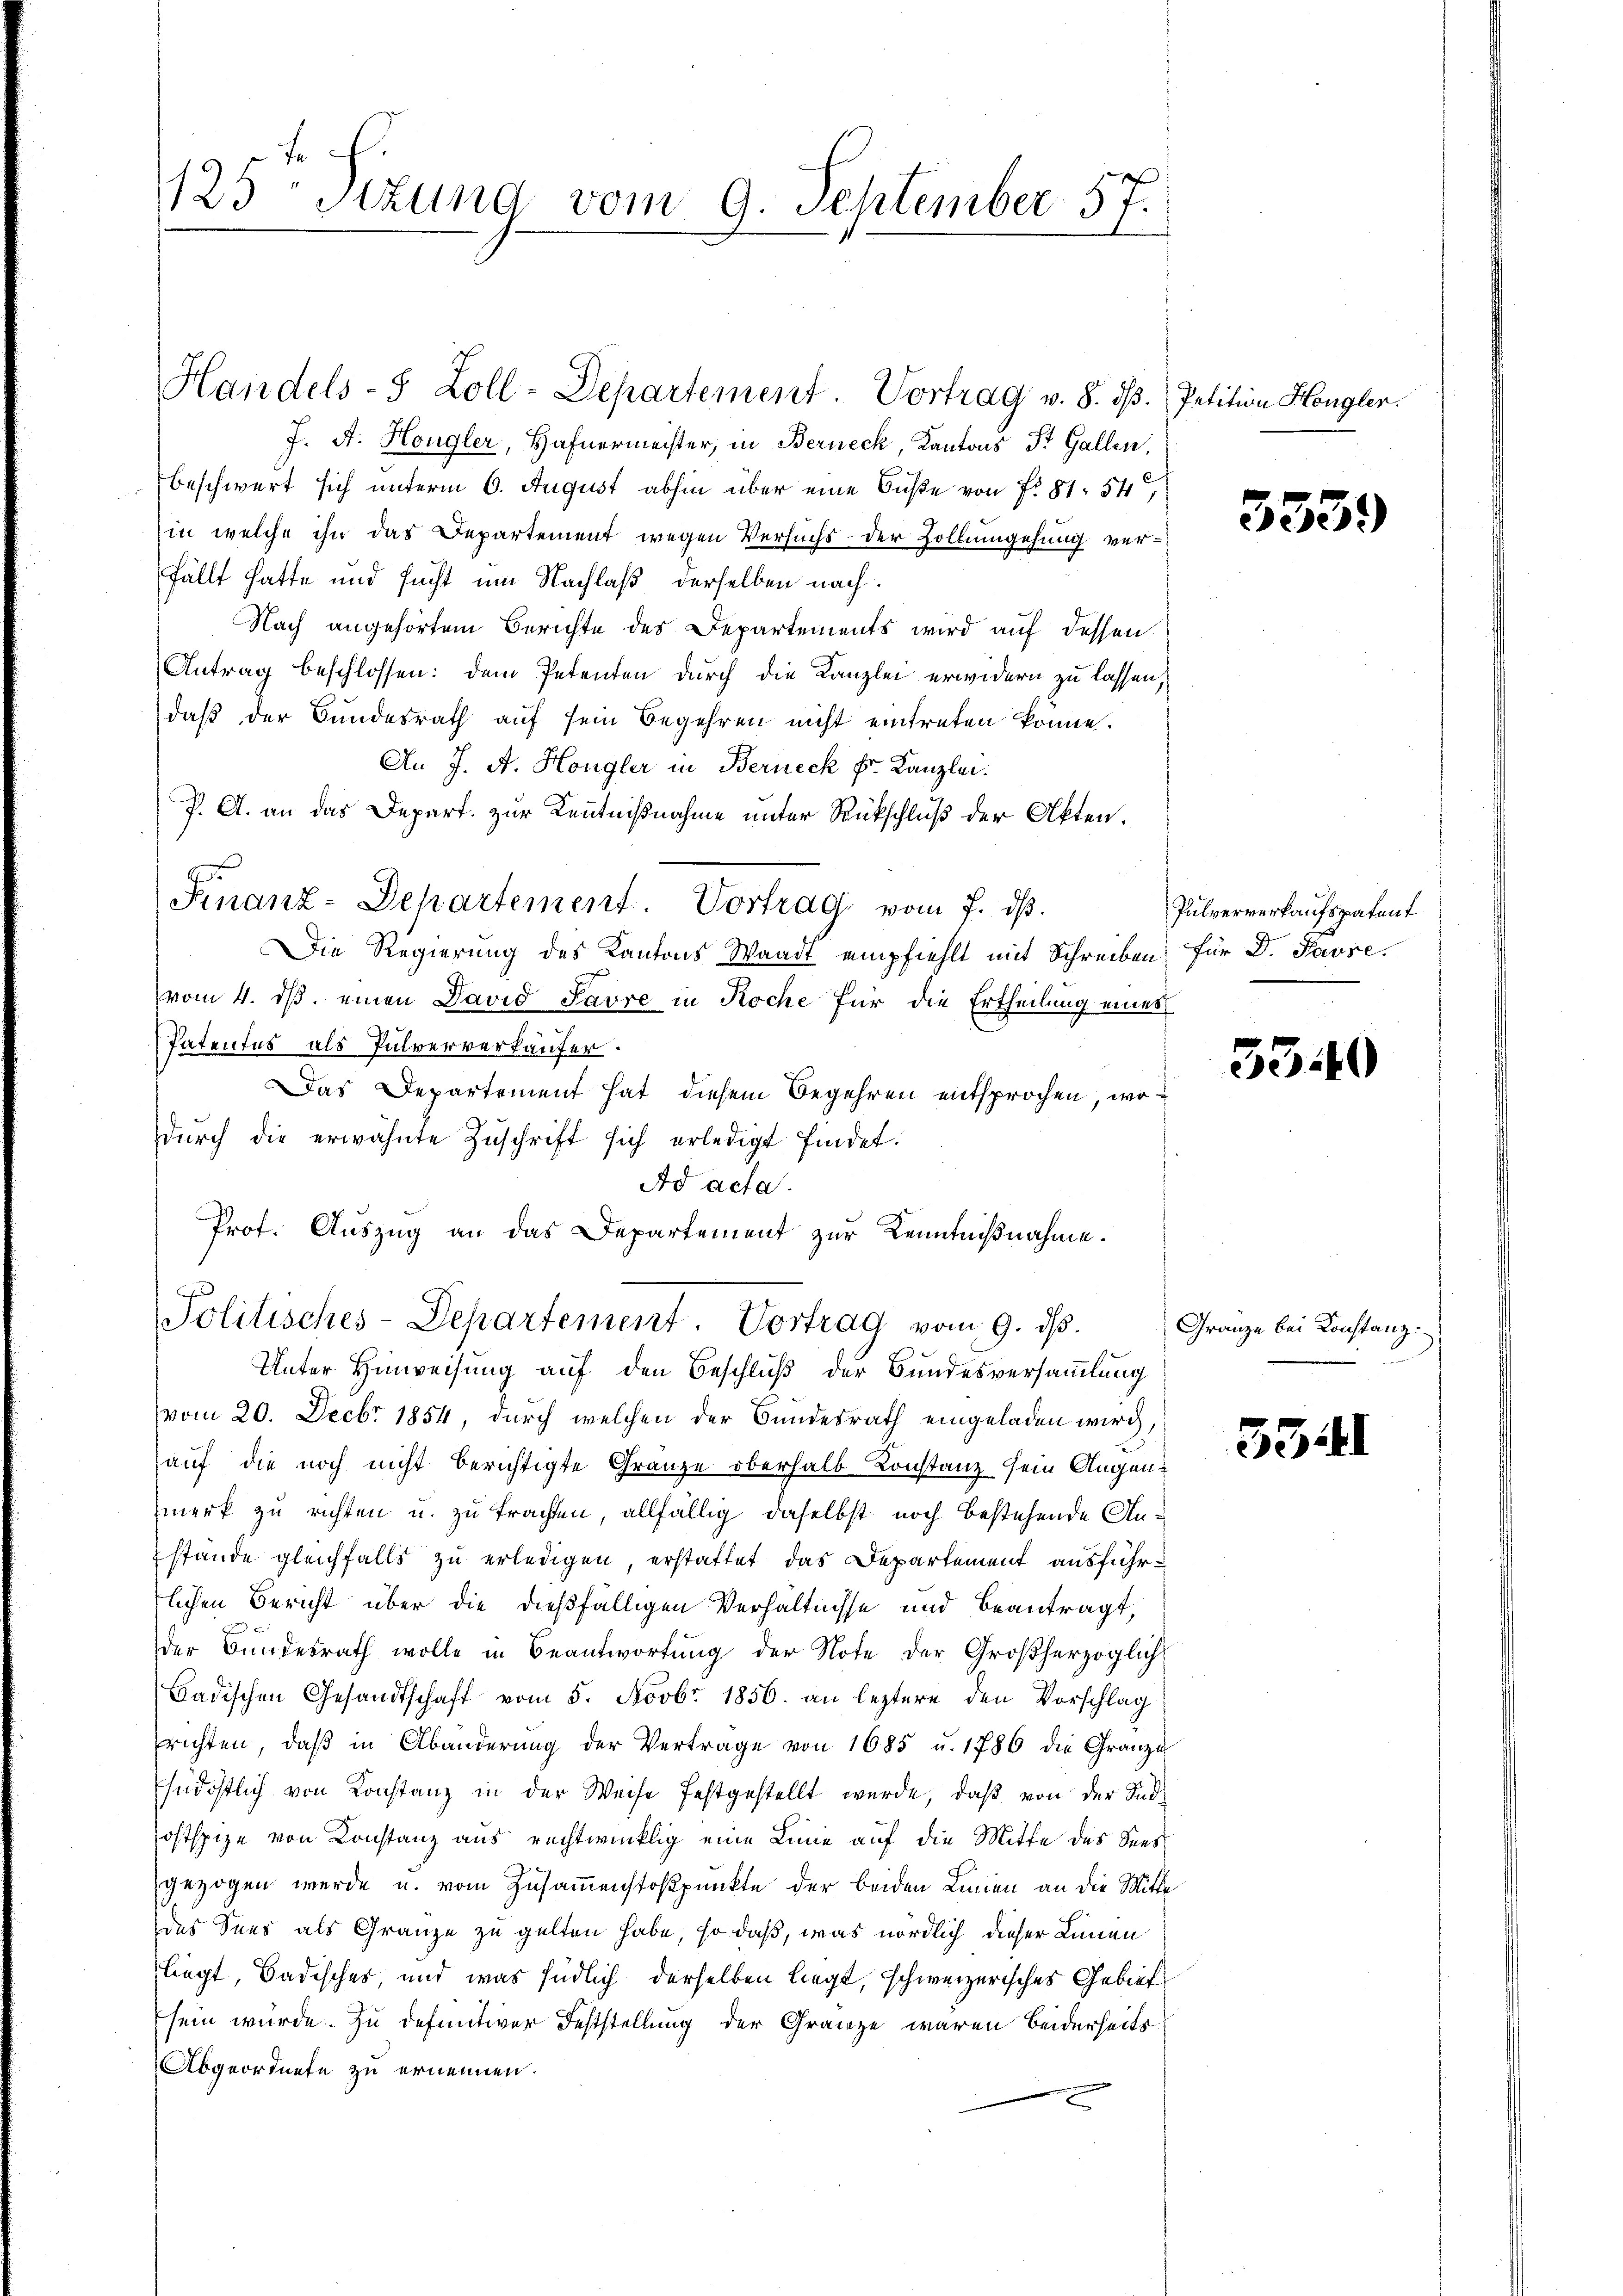
125 Stzung vom 9. September 57.

J. A. Hongler, Hafnermeister, in Berneck, Kantons St. Gallen,
beschwert sich unterm 6. August abhin über eine Buße von f. 81. 54,
in welche ihn das Departement wegen Versuchs - der Zollumgehung verfällt hatte und sucht um Nachlaß derselben nach¬
Nach angehörtem Berichte des Departements wird auf dessen
Antrag beschlossen: dem Petenten durch die Kanzlei erwidern zu lassen,
daß der Bundesrath auf sein Begehren nicht eintreten könne.
An J. A. Hongler in Berneck Fr. Kanzlei.
P. A. an das Depart. zur Kenntnißnahme unter Rückschluß der Akten.
Die Regierung des Kantons Waadt empfiehlt mit Schreiben für Dr. Pavre.
vom 4. ds. einen David Favre in Koche für die Ertheilung eines
Patentes als Pulververkäufer.
Das Departement hat diesem Begehren entsprochen, wodŭrch die erwähnte Zŭschrift sich erledigt findet.
Ad acta.
Prof. Auszug an das Departement zur Kenntnißnahme.
Politisches-Departement. Vortrag vom 9. dβ.
Unter Hinweisung auf den Beschluß der Bundesversammlung
vom 20. Decbr 1854, durch welchen der Bundesrath eingeladen wird,
auf die noch nicht berichtigte Gränze oberhalb Konstanz sein Augenmerk zu richten u. zu trachten, allfällig daselbst noch bestehende Anstande gleichfalls zu erledigen, erstattet das Departement ausführlichen Bericht über die dießfälligen Verhältnisse und beantragt,
der Bundesrath wolle in Beantwortung der Note der Großherzoglich
Badischen Gesandtschaft vom 5. Novbr. 1856. an leztere den Vorschlag
richten, daβ in Abänderŭng der Vertrage von 1685 u. 1786 die Granze
Indöstlich von Konstanz in der Weise festgestellt wurde, daß von der Südostspize von Konstanz aus rechtwinklig eine Linie auf die Mitte des Sees
gezogen werde u. vom Zusammenstoßpunkte der beiden Linien an die Mitte
des Sees als Gränze zu gelten habe, so daß, was nördlich dieser Linien
liegt, Badisches, und was südlich derselben liegt, schweizerisches Gebiet
sein wurde. Zu definitiver Feststellung der Gränze waren beiderseits
Abgeordnete zu ernennen.

Handels- 5 Zoll-Departement. Vortrag v. 8. dβ.

Finanz-Departement. Vortrag vom 7. ds.

Petition Hongler.

3339

Pulververkaufspatent

5340

Gränze bei Konstanz

331